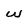
Character: w